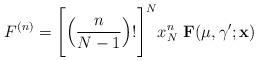
LaTeX: \begin{align*}F^{(n)} = \Bigg[\Big( \frac{n}{N-1} \Big)!\Bigg]^N x^n_N \,\,{\bf F}(\mu,\gamma^\prime;{\bf x})\end{align*}